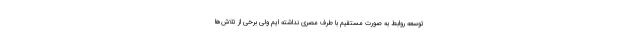
توسعه روابط به صورت مستقیم با طرف مصری نداشته ایم ولی برخی از تلاش‌ها